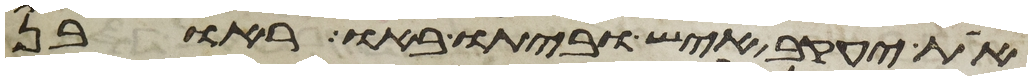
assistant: את יעקב איש וביתו באו ראובן